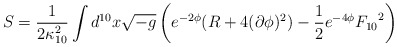
\begin{align*}S = \frac{1}{2\kappa_{10}^2} \int d^{10}x \sqrt{-g} \left(e^{-2\phi} (R +4(\partial \phi)^2) -\frac{1}{2}e^{-4\phi} {F_{10}}^2 \right)\end{align*}